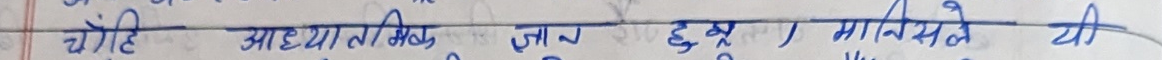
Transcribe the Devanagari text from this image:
चेगिहे अट्ट्यातीकिट्ट जाण दुदु मानेसेले येई